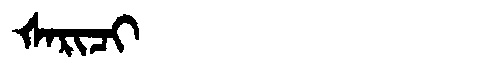
Manchu: ᡧᠠᡵᡳᠴᡳ
Romanization: ŠARICI